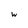
Character: w